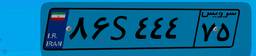
۸۶S۴۴۴۷۵